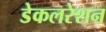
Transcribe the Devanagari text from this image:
डेकलरेशन